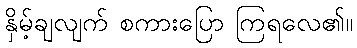
နှိမ့်ချလျက် စကားပြော ကြရလေ၏။